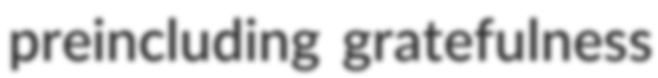
preincluding gratefulness